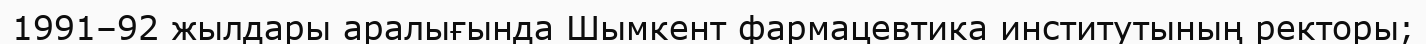
1991–92 жылдары аралығында Шымкент фармацевтика институтының ректоры;